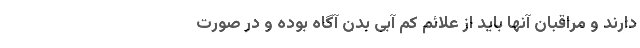
دارند و مراقبان آنها باید از علائم کم آبی بدن آگاه بوده و در صورت